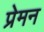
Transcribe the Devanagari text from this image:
प्रेमन